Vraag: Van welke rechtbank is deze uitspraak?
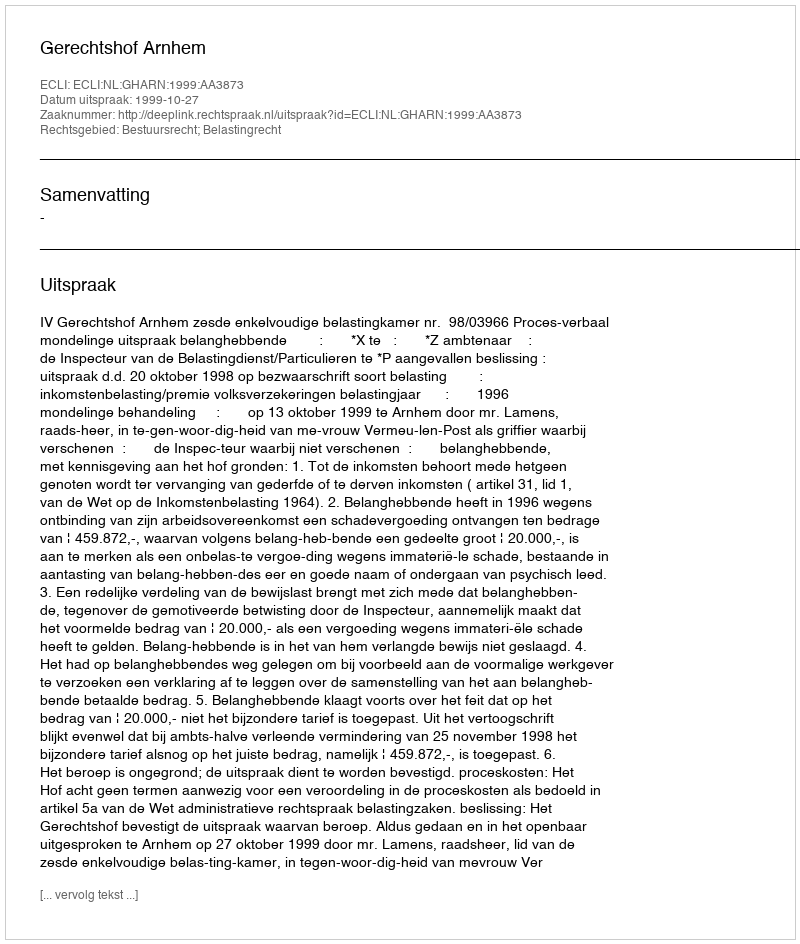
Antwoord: Gerechtshof Arnhem